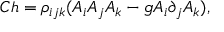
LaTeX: C h = \rho _ { i j k } ( A _ { i } A _ { j } A _ { k } - g A _ { i } \partial _ { j } A _ { k } ) ,